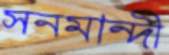
সনমান্দী